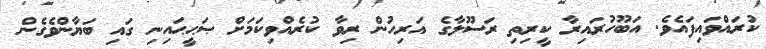
ކުރައްވައިފައެވެ. އަބޫހުރައިރާ ކީރިތި ރަސޫލާގެ އަރިހުން ރިވާ ކުރެއްވިކަމަށް ޞަޙީޙައިނި ގައި ބަޔާންވެގެން